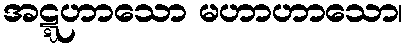
အဋ္ဋဟာသော မဟာဟာသော၊